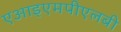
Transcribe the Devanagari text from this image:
एआइएमपीएलबी